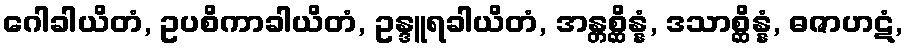
ဂေါခါယိတံ, ဥပစိကာခါယိတံ, ဥန္ဒူရခါယိတံ, အန္တစ္ဆိန္နံ, ဒသာစ္ဆိန္နံ, ဓဇာဟဋံ,